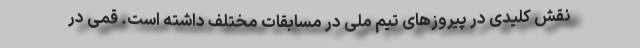
نقش کلیدی در پیروزهای تیم ملی در مسابقات مختلف داشته است. قمی در